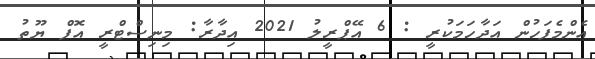
އެންމެފަހުން އަދާހަމަކުރީ : 6 އޭޕްރީލު 2021 އިދާރާ: މިނިސްޓްރީ އޮފް ޔޫތު